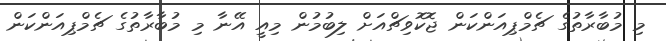
މި މުބާރާތުގެ ޗެމްޕިއަންކަން ޖޮކޮވިޗްއަށް ލިބުމުން މިއީ އޭނާ މި މުބާރާތުގެ ޗެމްޕިއަންކަން